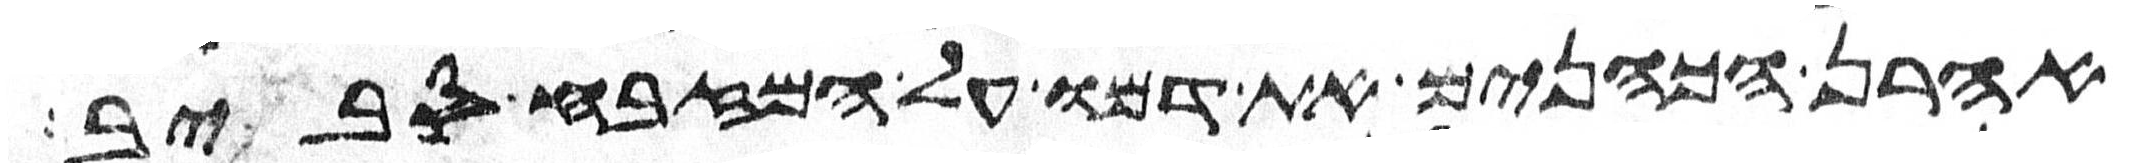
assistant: אהרן הכהנים את דמו על המזבח סביב